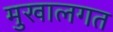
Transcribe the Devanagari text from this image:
मुखालगत